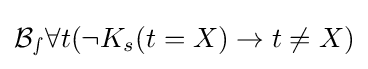
{\mathcal {B_{s}}}\forall t(\neg K_{s}(t=X)\rightarrow t\not =X)